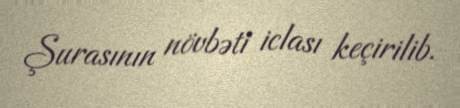
Şurasının növbəti iclası keçirilib.